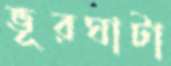
ভূরঘাটা